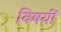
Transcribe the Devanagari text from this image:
विषयीं